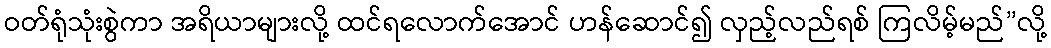
ဝတ်ရုံသုံးစွဲကာ အရိယာများလို့ ထင်ရလောက်အောင် ဟန်ဆောင်၍ လှည့်လည်ရစ် ကြလိမ့်မည်”လို့